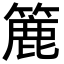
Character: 簏